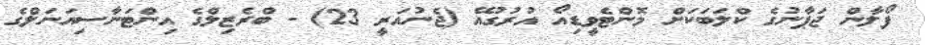
ފޯލާން ޖަޕާނުގެ ކްލަބަކަށް މޮންޓެވީޑިއޯ އުރުގުއޭ (ޖެނުއަރީ 23) - ބްރެޒިލްގެ އިންޓަނާސިއަނަލްގެ